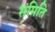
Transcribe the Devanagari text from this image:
संमिति